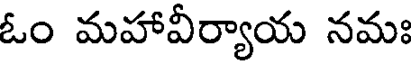
ఓం మహావీర్యాయ నమః